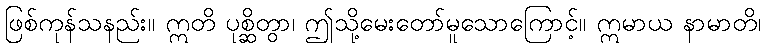
ဖြစ်ကုန်သနည်း။ ဣတိ ပုစ္ဆိတွာ၊ ဤသို့မေးတော်မူသောကြောင့်။ ဣမာယ နာမာတိ၊